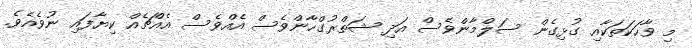
މި ވާހަކަތަކާއި ގުޅިގެން ސަލްމާންވެސް އަދި ޝަތްރުގްހާންވެސް އެއްވެސް އެއްޗެއް ކިޔާފައި ނުވެއެވެ.